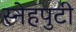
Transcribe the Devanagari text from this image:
स्नेहपुटी